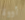
أووة